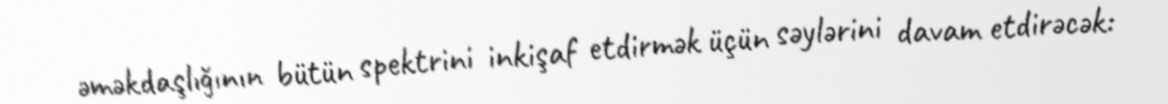
əməkdaşlığının bütün spektrini inkişaf etdirmək üçün səylərini davam etdirəcək: